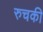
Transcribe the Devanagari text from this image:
रुचकी